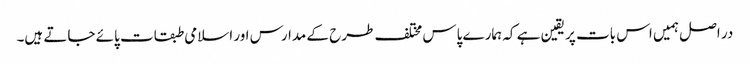
در اصل ہمیں اس بات پر یقین ہے کہ ہمارے پاس مختلف طرح کے مدارس اور اسلامی طبقات پائے جاتے ہیں۔